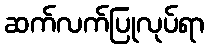
ဆက်လက်ပြုလုပ်ရာ